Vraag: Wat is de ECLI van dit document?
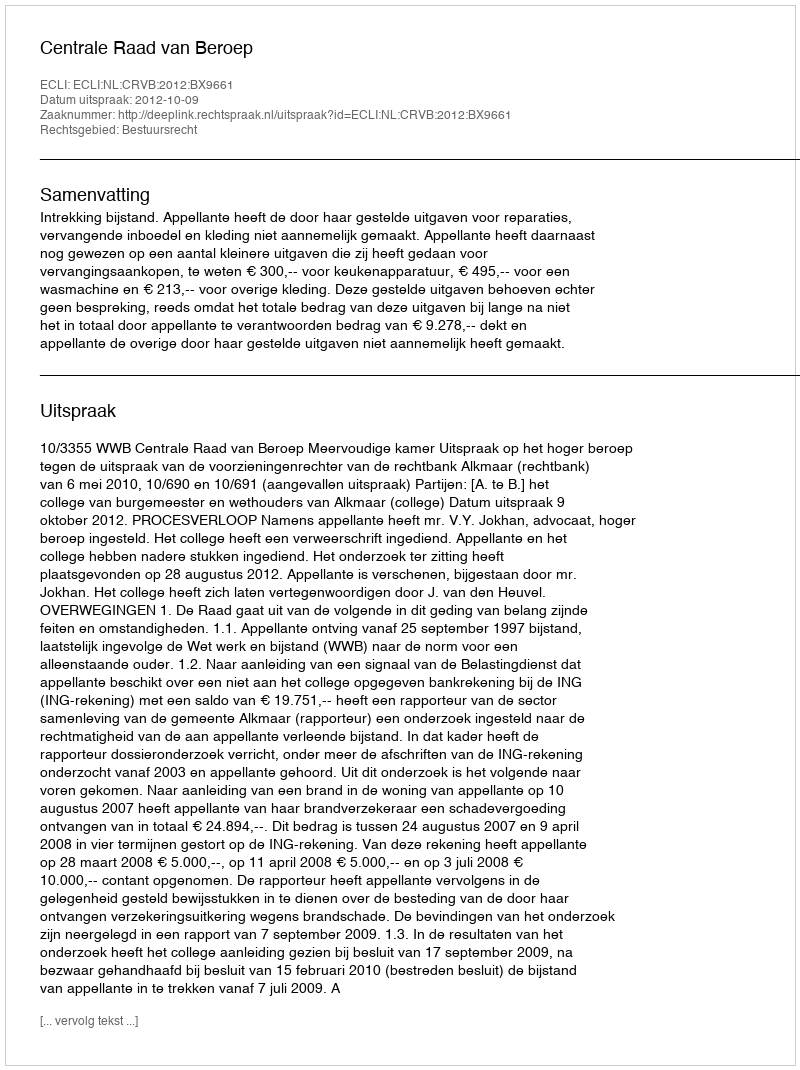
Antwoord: ECLI:NL:CRVB:2012:BX9661